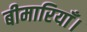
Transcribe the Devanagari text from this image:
बीमारियाँ।